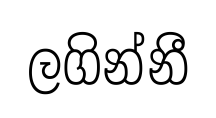
ලගින්නී